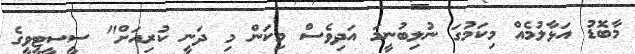
މާބޮޑު އަޅާލުމެއް މިކަމުގަ ނުލިބުނީމަ އަދިވެސް މިކަން މި ދަނީ ކުރިއަށް" ސީސީޓީވީގެ